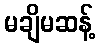
မချိမဆန့်